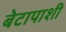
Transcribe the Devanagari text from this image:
बेटापाशी